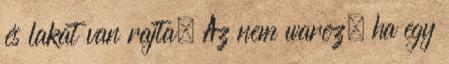
és lakat van rajta. Az nem warez, ha egy